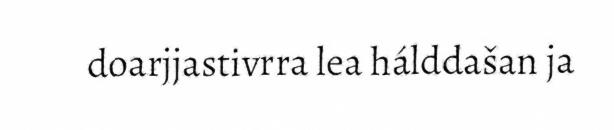
doarjjastivrra lea hálddašan ja